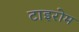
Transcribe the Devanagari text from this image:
टाइरोम